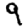
Digit: 9